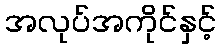
အလုပ်အကိုင်နှင့်